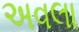
અવલા